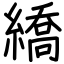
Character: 繑